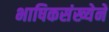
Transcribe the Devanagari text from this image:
भाषिकसंख्येने